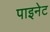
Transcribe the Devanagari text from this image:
पाइनेट